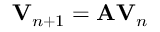
\mathbf { V } _ { n + 1 } = \mathbf { A } \mathbf { V } _ { n }